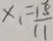
x _ { 1 } = \frac { 1 5 } { 1 1 }